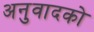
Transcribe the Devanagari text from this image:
अनुवादको